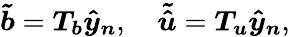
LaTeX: \boldsymbol{\tilde{b}}=\boldsymbol{T_{b}}\boldsymbol{\hat{y}_{n}},\quad\boldsymbol{\tilde{\hat{u}}}=\boldsymbol{T_{u}}\boldsymbol{\hat{y}_{n}},